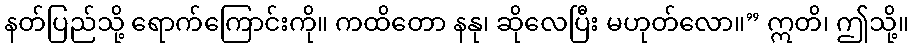
နတ်ပြည်သို့ ရောက်ကြောင်းကို။ ကထိတော နနု၊ ဆိုလေပြီး မဟုတ်လော။” ဣတိ၊ ဤသို့။